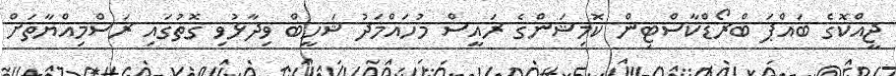
ޖީއްކޮގެ ބައްޕަ ބްރޯޑްކާސްޓިން ކޮމިޝަންގެ ރައީސް މުހައްމަދު ޝަހީބް ވިދާޅުވި ގޮތުގައި ރަސްމިއްޔާތަށް